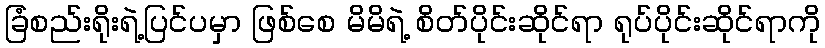
ခြံစည်းရိုးရဲ့ပြင်ပမှာ ဖြစ်စေ မိမိရဲ့ စိတ်ပိုင်းဆိုင်ရာ ရုပ်ပိုင်းဆိုင်ရာကို